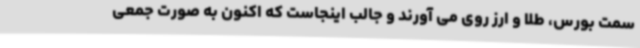
سمت بورس، طلا و ارز روی می آورند و جالب اینجاست که اکنون به صورت جمعی